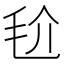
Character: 𣬫